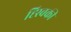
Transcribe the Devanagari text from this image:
ह्स्विकी